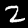
Digit: 2